Report on the working of the mental hospitals for Indians in Bihar and Orissa - 1925-1929
Year: 1925
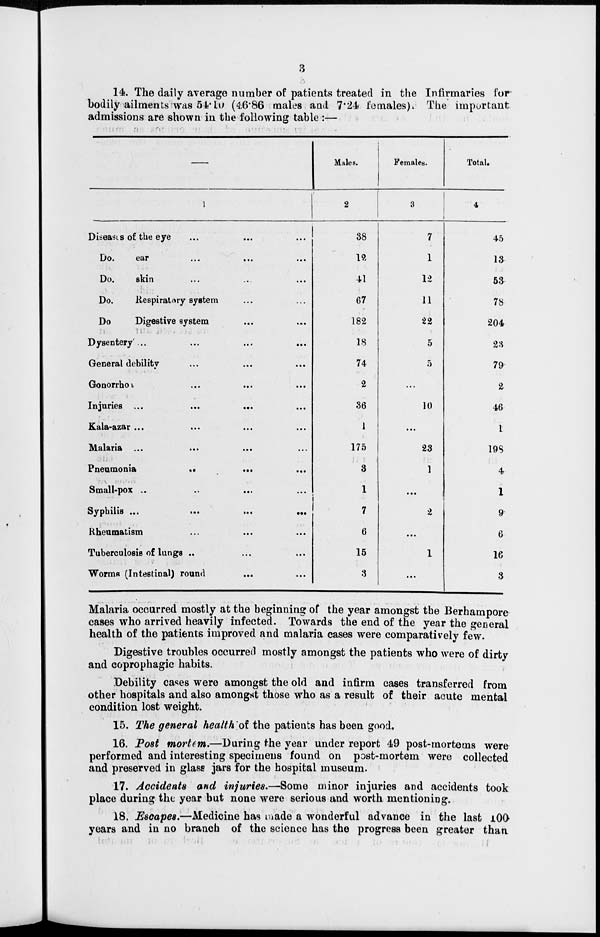
3
14. The daily average number of patients treated in the Infirmaries for
bodily ailments was 54.10 (46.86 males and 7.24 females). The important
admissions are shown in the following table:—
—
1
Diseases of the eye ... ... ...
Do.
ear ... ... ...
Do.
skin ... ... ...
Do.
Respiratory system ... ...
Do
Digestive system ... ...
Dysentery ... ... ... ...
General debility ... ... ...
Gonorrhoa ... ... ...
Injuries ... ... ...
Kala-azar ... ... ...
Malaria ... ... ...
Pneumonia
...
...
...
Small-pox
...
...
...
...
Syphilis ...
...
...
...
Rheumatism ... ... ...
Tuberculosis of lungs ... ... ...
Worms (Intestinal) round ... ...
Males.
2
38
12
41
67
182
18
74
2
36
1
175
3
1
7
6
15
3
Females.
3
7
1
12
11
22
5
5
...
10
...
23
1
...
2
...
1
...
Total.
4
45
13
53
78
204
23
79
2
46
1
198
4
1
9
6
16
3
Malaria occurred mostly at the beginning of the year amongst the Berhampore
cases who arrived heavily infected. Towards the end of the year the general
health of the patients improved and malaria cases were comparatively few.
Digestive troubles occurred mostly amongst the patients who were of dirty
and coprophagic habits.
Debility cases were amongst the old and infirm cases transferred from
other hospitals and also amongst those who as a result of their acute mental
condition lost weight.
15. The general health of the patients has been good.
16. Post mortem.—During the year under report 49 post-mortems were
performed and interesting specimens found on post-mortem were collected
and preserved in glass jars for the hospital museum.
17. Accidents and injuries.—Some minor injuries and accidents took
place during the year but none were serious and worth mentioning.
18. Escapes.—Medicine has made a wonderful advance in the last 100
years and in no branch of the science has the progress been greater than